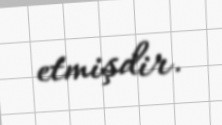
etmişdir.